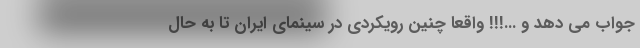
جواب می دهد و ...!!! واقعا چنین رویکردی در سینمای ایران تا به حال